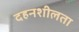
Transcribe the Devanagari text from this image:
दहनशीलता